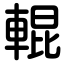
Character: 輥